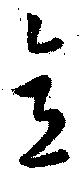
意